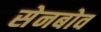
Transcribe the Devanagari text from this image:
सेनबोव